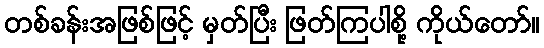
တစ်ခန်းအဖြစ်ဖြင့် မှတ်ပြီး ဖြတ်ကြပါစို့ ကိုယ်တော်။